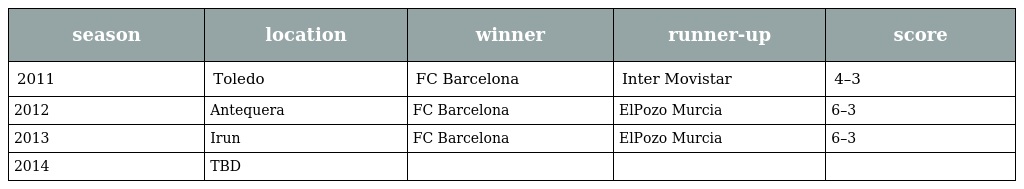
| season | location | winner | runner-up | score |
 | --- | --- | --- | --- | --- |
 | 2011 | Toledo | FC Barcelona | Inter Movistar | 4–3 |
 | 2012 | Antequera | FC Barcelona | ElPozo Murcia | 6–3 |
 | 2013 | Irun | FC Barcelona | ElPozo Murcia | 6–3 |
 | 2014 | TBD |  |  |  |